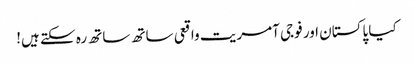
کیا پاکستان اور فوجی آمریت واقعی ساتھ ساتھ رہ سکتے ہیں!